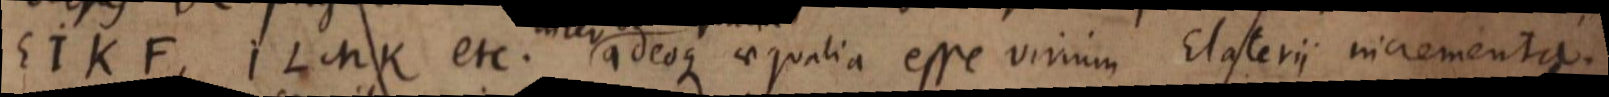
EIKF, ILMK etc. adeoque aequalia esse virium Elaterii incrementa.